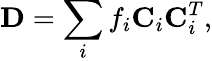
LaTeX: {\displaystyle{\mathbf D}=\sum_{i}f_{i}{\mathbf C}_{i}{\mathbf C}_{i}^{T}},